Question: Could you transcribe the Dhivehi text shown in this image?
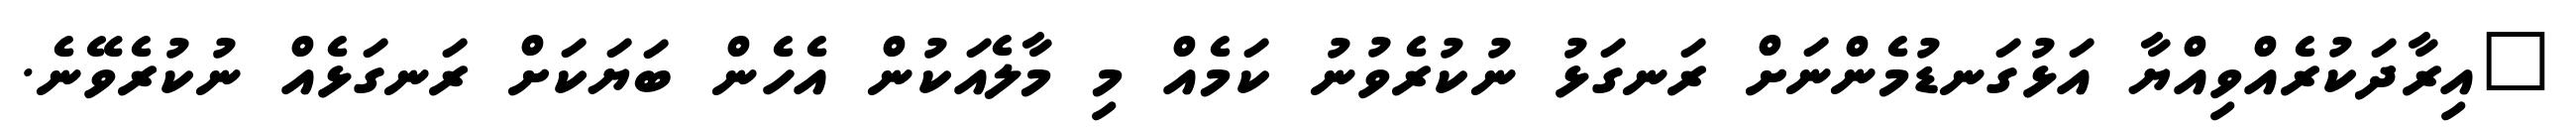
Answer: "އިރާދަކުރެއްވިއްޔާ އަޅުގަނޑުމެންނަށް ރަނގަޅު ނުކުރެވުނު ކަމެއް މި މާލެއަކުން އެހެން ބަޔަކަށް ރަނގަޅެއް ނުކުރެވޭނެ.